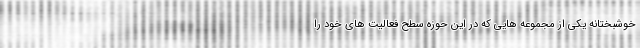
خوشبختانه یکی از مجموعه هایی که در این حوزه سطح فعالیت های خود را